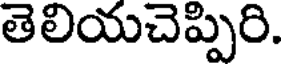
తెలియచెప్పిరి.